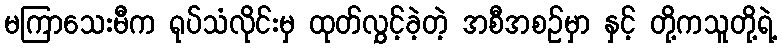
မကြာသေးမီက ရုပ်သံလိုင်းမှ ထုတ်လွှင့်ခဲ့တဲ့ အစီအစဉ်မှာ နှင့် တို့ကသူတို့ရဲ့